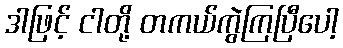
ဒါဖြင့် ငါတို့ တကယ်ကွဲကြပြီပေါ့